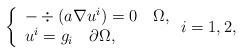
LaTeX: \begin{align*}\left\{ \begin{array}{l}-\div(a\nabla u^{i})=0\quad\Omega,\\u^{i}=g_{i}\quad\partial\Omega,\end{array}\right.i=1,2,\end{align*}